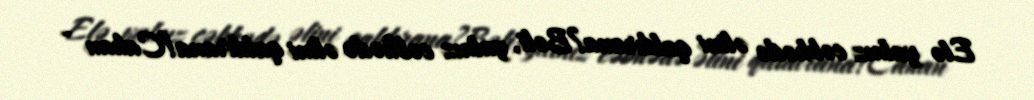
Elə yalnız cəbhədə əlini qaldırana?Bəli, yalnız cəbhədə əlini qaldırana!Cahan -